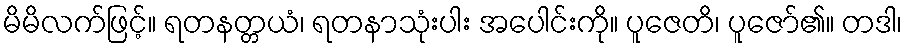
မိမိလက်ဖြင့်။ ရတနတ္တယံ၊ ရတနာသုံးပါး အပေါင်းကို။ ပူဇေတိ၊ ပူဇော်၏။ တဒါ၊